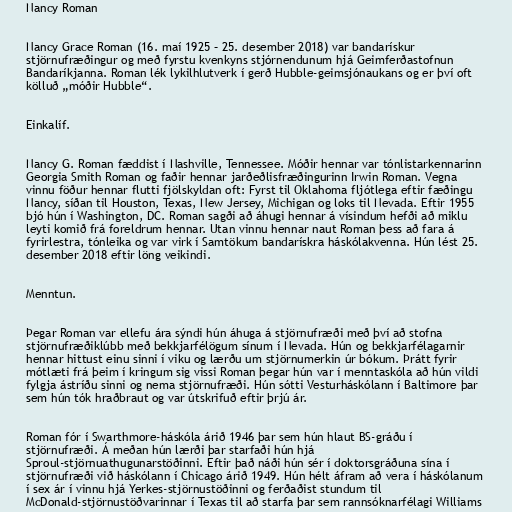
Nancy Roman

Nancy Grace Roman (16. maí 1925 – 25. desember 2018) var bandarískur
stjörnufræðingur og með fyrstu kvenkyns stjórnendunum hjá Geimferðastofnun
Bandaríkjanna. Roman lék lykilhlutverk í gerð Hubble-geimsjónaukans og er því oft
kölluð „móðir Hubble“.

Einkalíf.

Nancy G. Roman fæddist í Nashville, Tennessee. Móðir hennar var tónlistarkennarinn
Georgia Smith Roman og faðir hennar jarðeðlisfræðingurinn Irwin Roman. Vegna
vinnu föður hennar flutti fjölskyldan oft: Fyrst til Oklahoma fljótlega eftir fæðingu
Nancy, síðan til Houston, Texas, New Jersey, Michigan og loks til Nevada. Eftir 1955
bjó hún í Washington, DC. Roman sagði að áhugi hennar á vísindum hefði að miklu
leyti komið frá foreldrum hennar. Utan vinnu hennar naut Roman þess að fara á
fyrirlestra, tónleika og var virk í Samtökum bandarískra háskólakvenna. Hún lést 25.
desember 2018 eftir löng veikindi.

Menntun.

Þegar Roman var ellefu ára sýndi hún áhuga á stjörnufræði með því að stofna
stjörnufræðiklúbb með bekkjarfélögum sínum í Nevada. Hún og bekkjarfélagarnir
hennar hittust einu sinni í viku og lærðu um stjörnumerkin úr bókum. Þrátt fyrir
mótlæti frá þeim í kringum sig vissi Roman þegar hún var í menntaskóla að hún vildi
fylgja ástríðu sinni og nema stjörnufræði. Hún sótti Vesturháskólann í Baltimore þar
sem hún tók hraðbraut og var útskrifuð eftir þrjú ár.

Roman fór í Swarthmore-háskóla árið 1946 þar sem hún hlaut BS-gráðu í
stjörnufræði. Á meðan hún lærði þar starfaði hún hjá
Sproul-stjörnuathugunarstöðinni. Eftir það náði hún sér í doktorsgráðuna sína í
stjörnufræði við háskólann í Chicago árið 1949. Hún hélt áfram að vera í háskólanum
í sex ár í vinnu hjá Yerkes-stjörnustöðinni og ferðaðist stundum til
McDonald-stjörnustöðvarinnar í Texas til að starfa þar sem rannsóknarfélagi Williams